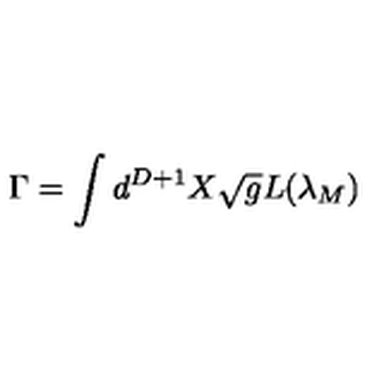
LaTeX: \Gamma = \Huge \int \large d ^ { D + 1 } X \sqrt { g } L ( { \lambda } _ { M } )